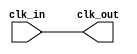
module basic_clock_buffer #(
    parameter NUM_OUTPUTS = 1   // Number of buffered clock outputs
)(
    input wire clk_in,           // Primary clock input
    output wire [NUM_OUTPUTS-1:0] clk_out // Buffered clock outputs
);

    // Generate buffered clock outputs
    generate
        genvar i;
        for (i = 0; i < NUM_OUTPUTS; i = i + 1) begin : clock_buffer
            assign clk_out[i] = clk_in; // Direct connection with minimal delay
        end
    endgenerate

endmodule